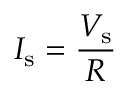
I _ { \mathrm { s } } = { \frac { V _ { \mathrm { s } } } { R } }